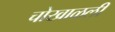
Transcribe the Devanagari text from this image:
चोखाळली